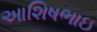
આશિષભાઇ